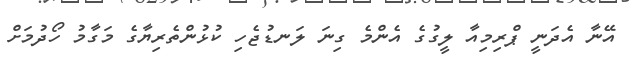
އޭނާ އެދަނީ ޕްރިމިއާ ލީގުގެ އެންމެ ގިނަ ލަނޑުޖެހި ކުޅުންތެރިޔާގެ މަގާމު ހޯދުމަށް